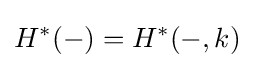
H^{\ast }(-)=H^{\ast }(-,k)